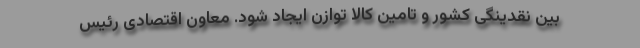
بین نقدینگی کشور و تامین کالا توازن ایجاد شود. معاون اقتصادی رئیس